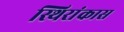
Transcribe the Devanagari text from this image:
स्थिरांकास